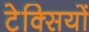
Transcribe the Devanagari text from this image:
टेक्सियों